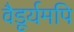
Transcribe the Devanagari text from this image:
वैडूर्यमपि